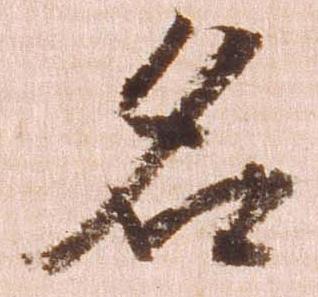
名